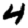
Digit: 4